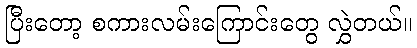
ပြီးတော့ စကားလမ်းကြောင်းတွေ လွှဲတယ်။